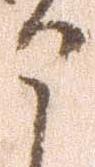
申